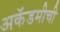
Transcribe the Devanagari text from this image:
अकॅडमीची